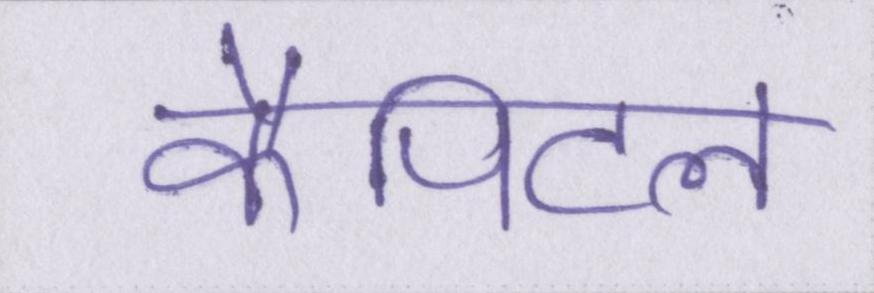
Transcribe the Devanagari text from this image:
कैपिटल